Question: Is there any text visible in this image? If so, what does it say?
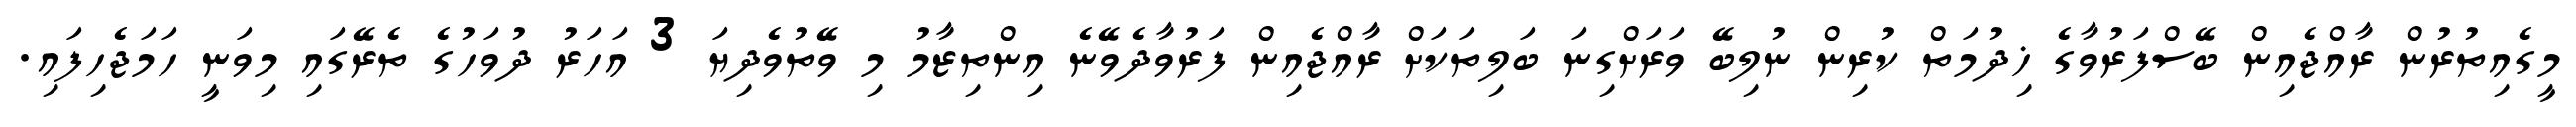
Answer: މީގެއިތުރުން ރާއްޖެއިން ބޭސްފަރުވާގެ ޚިދުމަތް ކުރިން ނުލިބޭ ވަރަށްގިނަ ބަލިތަކަށް ރާއްޖެއިން ފަރުވާދެވޭނެ އިންތިޒާމު މި ވޭތުވެދިޔަ 3 އަހަރު ދުވަހުގެ ތެރޭގައި މިވަނީ ހަމަޖެހިފައި.